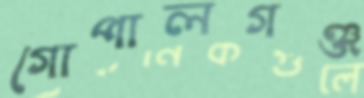
গোপালগঞ্জ